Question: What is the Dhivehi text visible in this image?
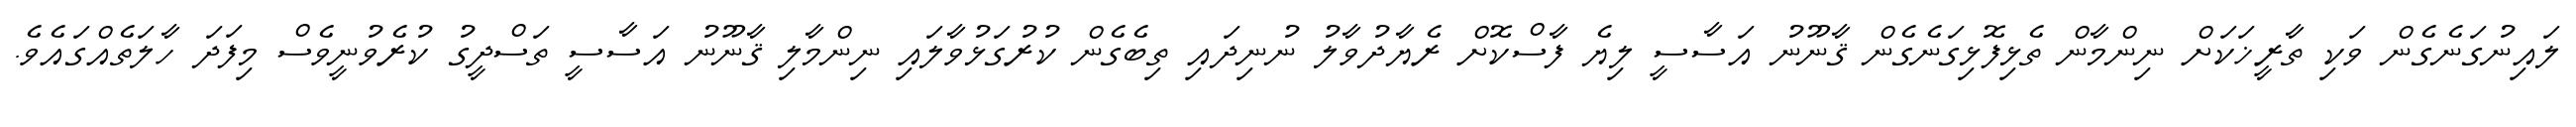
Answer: ލައިނުގަނެގެން ވަކި ތާރީޚަކަށް ނިންމާން ތެޅިފޮޅިގަނެގެން ޤާނޫނު އަސާސީ ލިޔެ ފާސްކޮށް ރެޔާދުވާލު ނުނިދައި ތިބެގެން ކުރުގަޅުވާލައި ނިންމާލި ޤާނޫނު އަސާސީ ތަސްދީގު ކުރެވުނީވެސް މިފަދަ ހާލަތެއްގައެވެ.